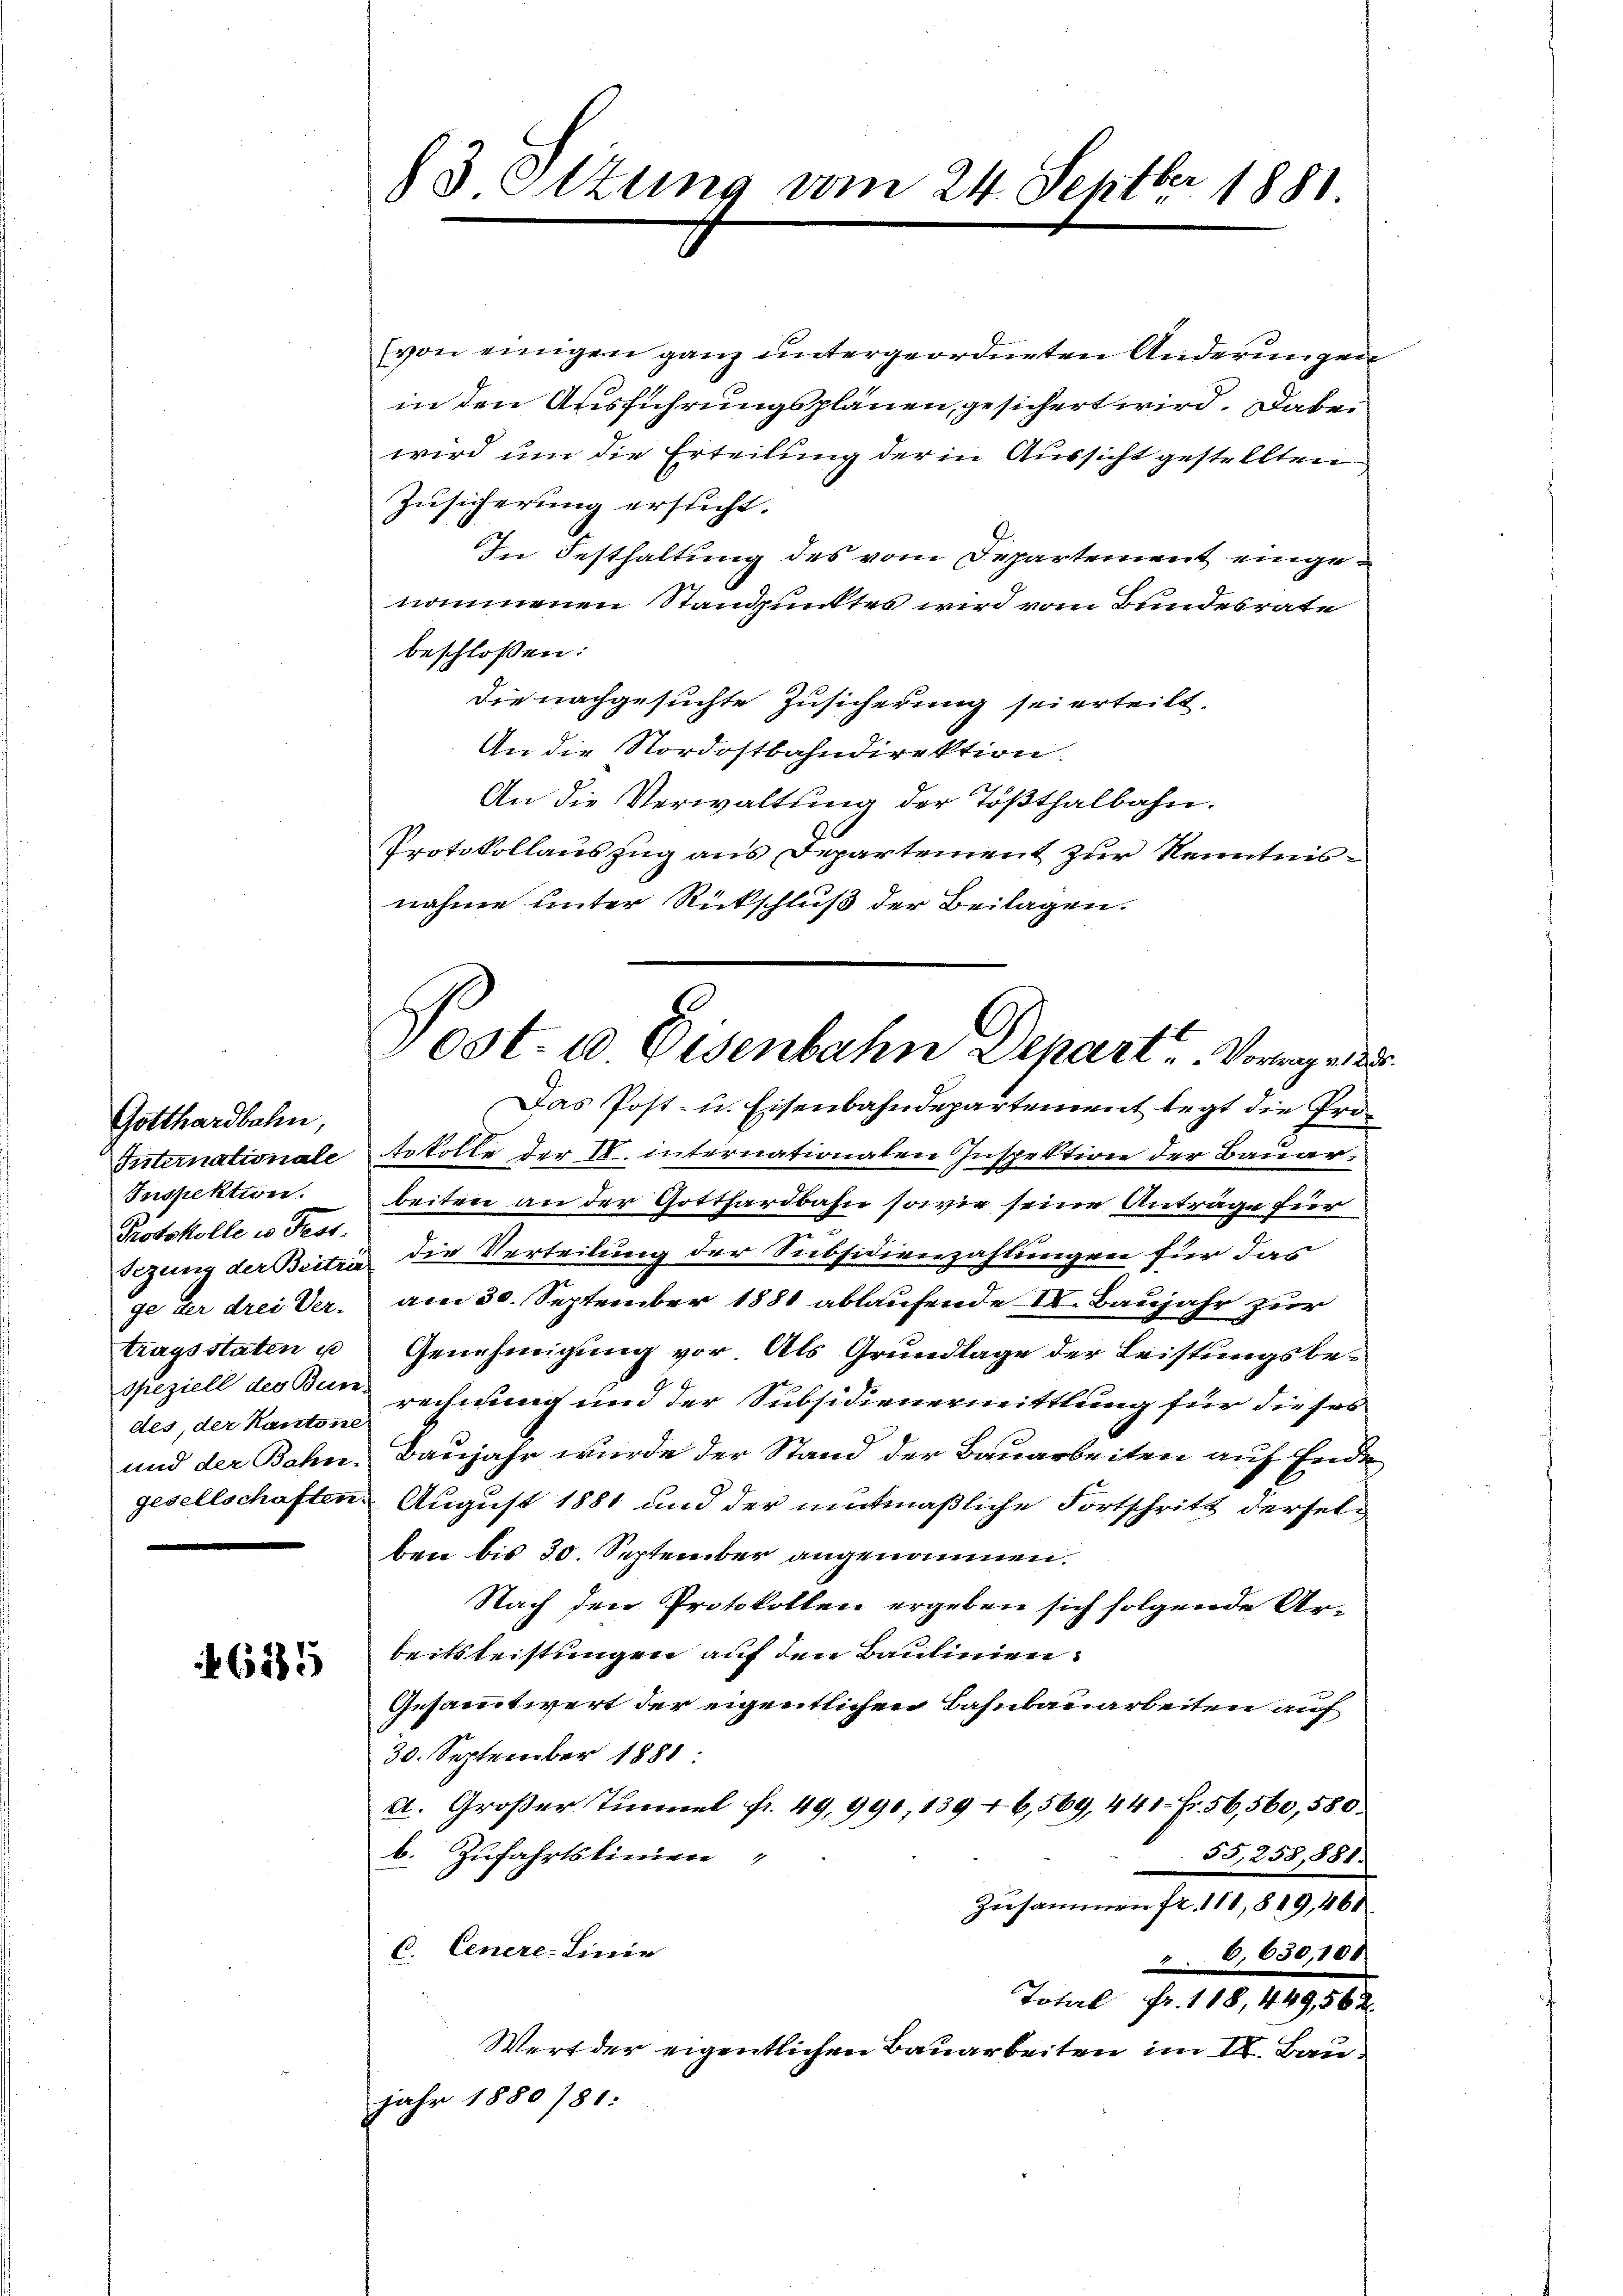
Gotthardbahn,
Inspektion.
Protokolle in Fest.
des, der Kantone

4625

(von einigen ganz untergeordneten Anderungen
in den Ausführungsplänen, gesichert wird. Dabei
wird um die Erteilung der in Aussicht gestellten
Zusicherung ersucht.
In Festhaltung des vom Departement eingenommenen Standpunktes wird vom Bundesrate
beschloßen:
Die nachgesuchte Zusicherung sei erteilt.
An die Nordostbahndirektion.
An die Verwaltung der Tößthalbahn.
Protokollauszug aus Departement zur Kenntnisnahme unter Rückschluß der Beilagen.
Das Post- u. Eisenbahndepartement legt die Pro¬
Priternationale Erkolle der R. internationaten Inspektion der Bauarbeiten an der Gotthardbahn sowie seine Anträge für
egung der Beitra die Verteilung der Subsidienzahlungen für das
ge der drei Ver. am 30. September 1881 ablaufende II. Baujahr zur
tragsstaten u Genehmigung vor. Als Grundlage der Leistungsbe-
speziell des Bern rechnung und der Subsidienermittlung für dieses
und der Bahn-Baujahr wurde der Stand der Bauarbeiten auf Ende
gesellschaften. August 1881 und der mitmaßliche Fortschritt derselben bis 30. September angenommen.
Nach den Protokollen ergeben sich folgende Arbeitsleistungen auf den Baulinien.
Gesammtwert der eigentlichen Bahnbauarbeiten auf
30. September 1881:
A. Großer Tunnel fr. 49,990, 139 + 6,569, 441 Fr. 56,560,580.
b. Zufahrtskinden
55,258,881.
Zusammen fr. 111,819,461.
C. Genere-Linie
 6,630,100
Total Fr. 118, 449, 56 x
Wert der eigentlichen Bauarbeiten im II. Baujahr 1880 781:

83 Ottung vom 24. Septbr 1881

vost. 10. Eisenbahn Depart. Vorme